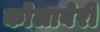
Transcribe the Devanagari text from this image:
कोलाबेरी